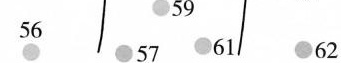
56 57 59 61 62